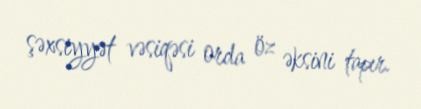
şəxsiyyət vəsiqəsi orda öz əksini tapır.